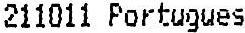
211011 PORTUGUES